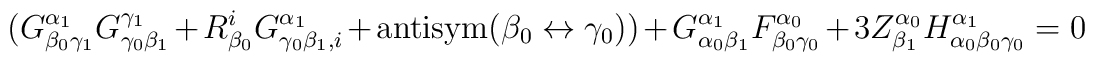
\bigr(G^{\alpha_1}_{\beta_0 \gamma_1} G^{\gamma_1}_{\gamma_0 \beta_1} +R^i_{\beta_0} G^{\alpha_1}_{\gamma_0 \beta_1, i} +\hbox{antisym}(\beta_0 \leftrightarrow \gamma_0) \bigr) +G^{\alpha_1}_{\alpha_0 \beta_1} F^{\alpha_0}_{\beta_0 \gamma_0} +3 Z^{\alpha_0}_{\beta_1} H^{\alpha_1}_{\alpha_0 \beta_0 \gamma_0} = 0